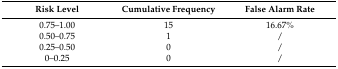
<table><thead><tr><td><b>Risk Level</b></td><td><b>Cumulative Frequency</b></td><td><b>False Alarm Rate</b></td></tr></thead><tbody><tr><td>0.75–1.00</td><td>15</td><td>16.67%</td></tr><tr><td>0.50–0.75</td><td>1</td><td>/</td></tr><tr><td>0.25–0.50</td><td>0</td><td>/</td></tr><tr><td>0–0.25</td><td>0</td><td>/</td></tr></tbody></table>